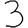
Digit: 3